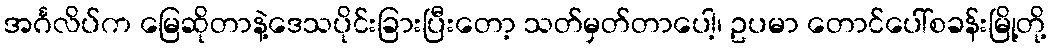
အင်္ဂလိပ်က မြေဆိုတာနဲ့ဒေသပိုင်းခြားပြီးတော့ သတ်မှတ်တာပေါ့၊ ဥပမာ တောင်ပေါ်စခန်းမြို့တို့